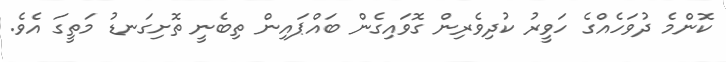
ކޮންމެ ދުވަހެއްގެ ހަވީރު ކުދިވެރިން ގޮވައިގެން ބައްޕައިން ތިބެނީ ތޮށިގަނޑު މަތީގަ އެވެ.